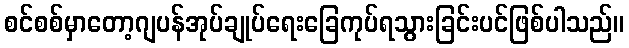
စင်စစ်မှာတော့ဂျပန်အုပ်ချုပ်ရေးခြေကုပ်ရသွားခြင်းပင်ဖြစ်ပါသည်။